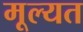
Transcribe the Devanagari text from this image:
मूल्यत